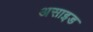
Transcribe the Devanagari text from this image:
असाइड